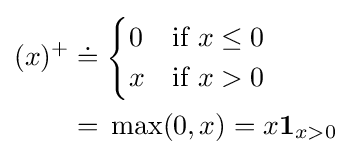
{\begin{aligned}(x)^{+}\doteq {}&{\begin{cases}0&{\text{if }}x\leq 0\\x&{\text{if }}x>0\end{cases}}\\={}&\max(0,x)=x{\textbf {1}}_{x>0}\end{aligned}}